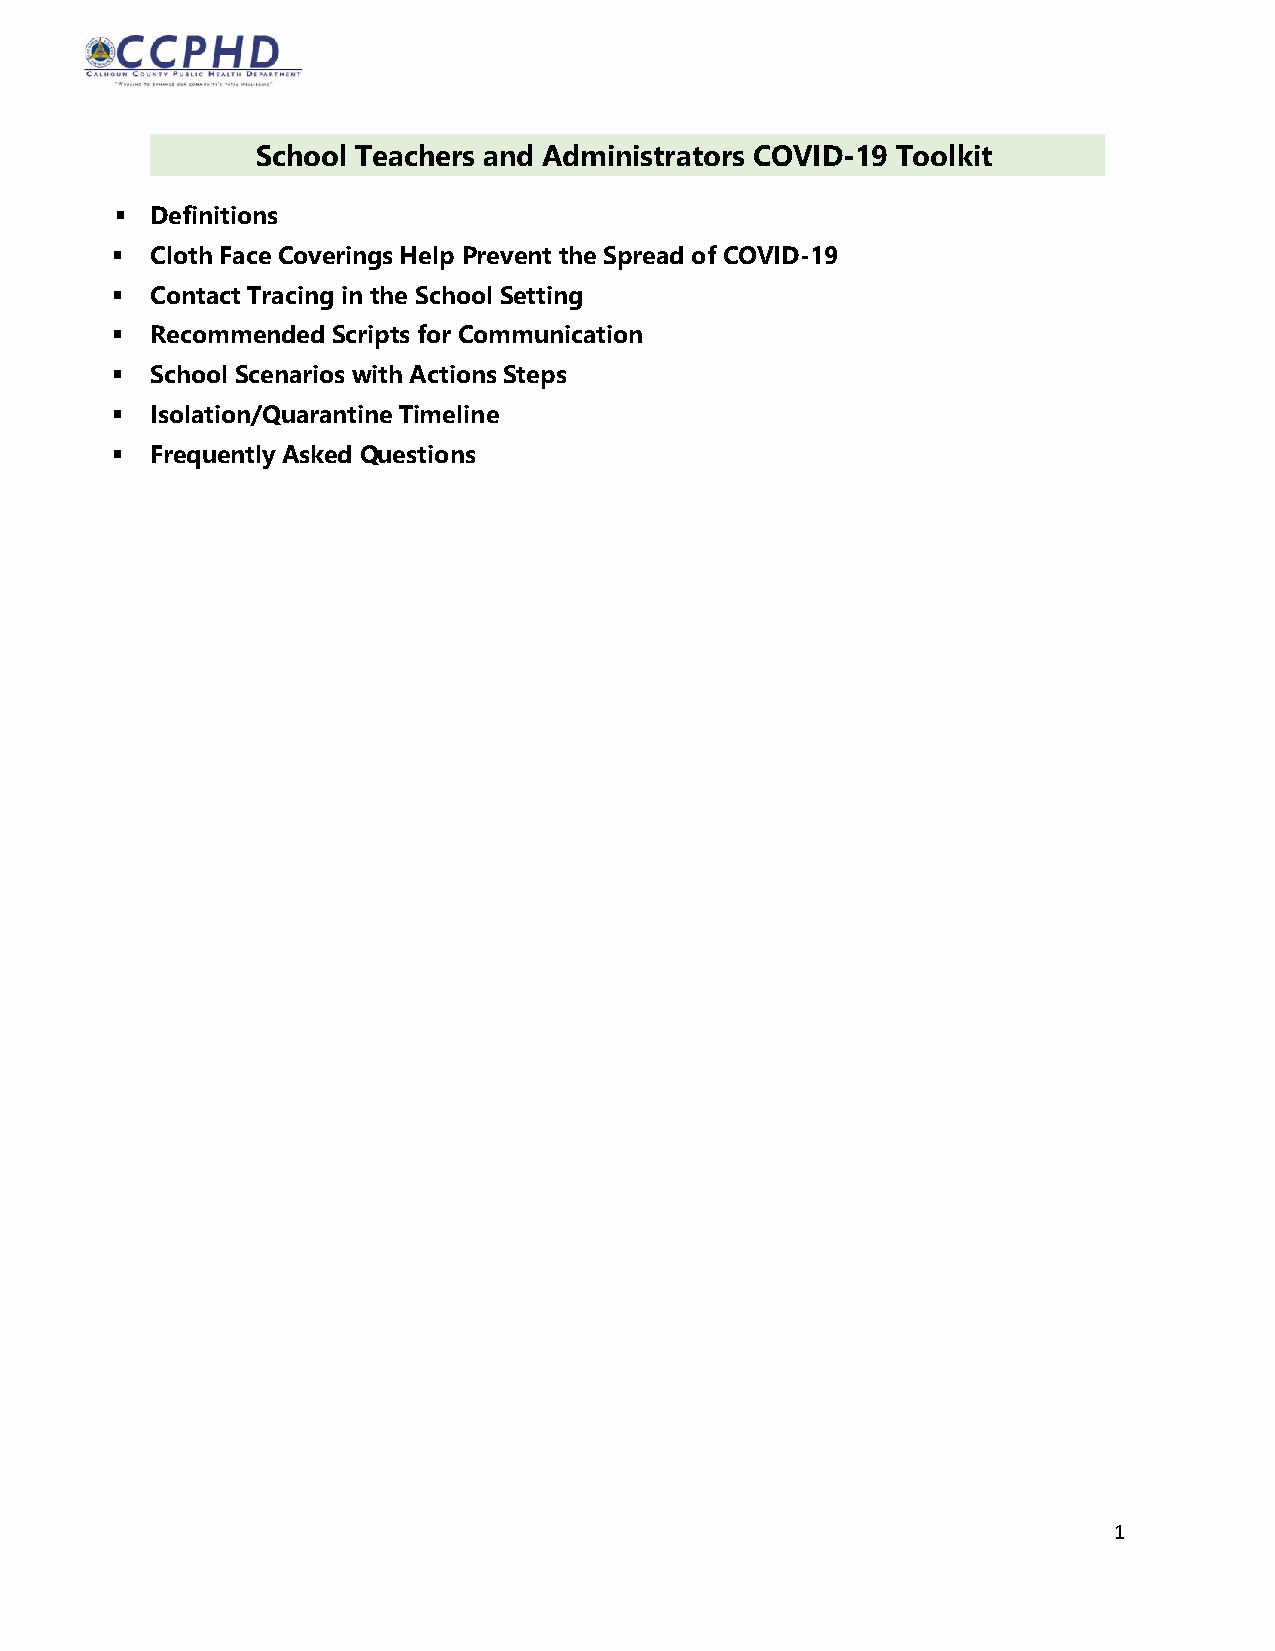
School Teachers and Administrators COVID-19 Toolkit
 ▪ Definitions
 ▪  Cloth Face Coverings Help Prevent the Spread of COVID-19
 ▪  Contact Tracing in the School Setting
 ▪  Recommended Scripts for Communication
 ▪  School Scenarios with Actions Steps
 ▪  Isolation/Quarantine Timeline
 ▪  Frequently Asked Questions
 1